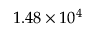
1 . 4 8 \times 1 0 ^ { 4 }